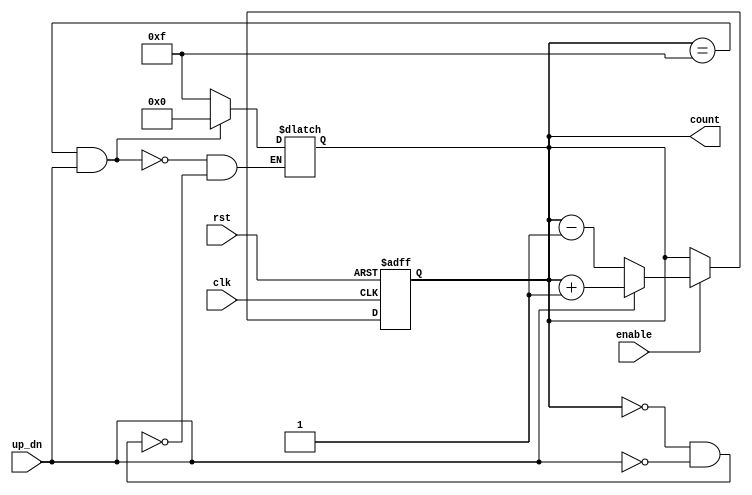
module UpDownCounter (
    input wire clk,         // Clock signal
    input wire rst,         // Asynchronous reset signal
    input wire up_dn,       // Control signal for counting direction
    input wire enable,      // Control signal to enable counting
    output reg [3:0] count  // 4-bit counter output
);

// Asynchronous reset and counting operation
always @(posedge clk or posedge rst) begin
    if (rst) begin
        count <= 4'b0000; // Reset counter to 0
    end else if (enable) begin
        if (up_dn) begin
            count <= count + 1; // Count up
        end else begin
            count <= count - 1; // Count down
        end
    end
end

// Handle wrap-around behavior
always @(count) begin
    // Wrap around when counting up
    if (count == 4'b1111 && up_dn) begin
        count <= 4'b0000; // Wrap to 0
    end
    // Wrap around when counting down
    else if (count == 4'b0000 && ~up_dn) begin
        count <= 4'b1111; // Wrap to max value
    end
end

endmodule